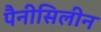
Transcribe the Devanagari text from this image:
पैनीसिलीन